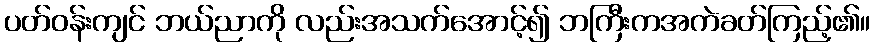
ပတ်ဝန်းကျင် ဘယ်ညာကို လည်းအသက်အောင့်၍ ဘကြီးကအကဲခတ်ကြည့်၏။